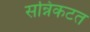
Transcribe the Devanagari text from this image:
सन्निकटत